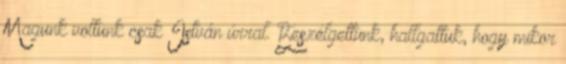
Magunk voltunk csak István úrral. Beszélgettünk, hallgattuk, hogy mikor